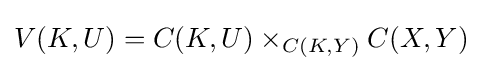
V(K,U)=C(K,U)\times _{C(K,Y)}C(X,Y)